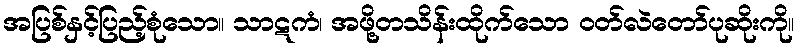
အပြစ်နှင့်ပြည့်စုံသော။ သာဋကံ၊ အဖို့တသိန်းထိုက်သော ဝတ်လဲတော်ပုဆိုးကို။